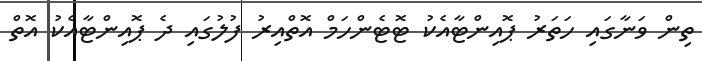
ތިން ވަނާގައި ހަތަރު ޕޮއިންޓާއެކު ޓޮޓެންހަމް އޮތްއިރު ފުލުގައި ދެ ޕޮއިންޓާއެކު އޮތް